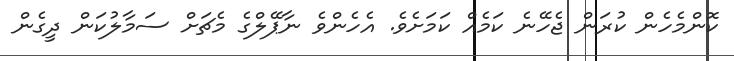
ކޮންމެހެން ކުރަން ޖެހޭނެ ކަމެއް ކަމަށެވެ. އެހެންވެ ނާޕޭލްގެ މެޗަށް ސަމާލުކަން ދީގެން